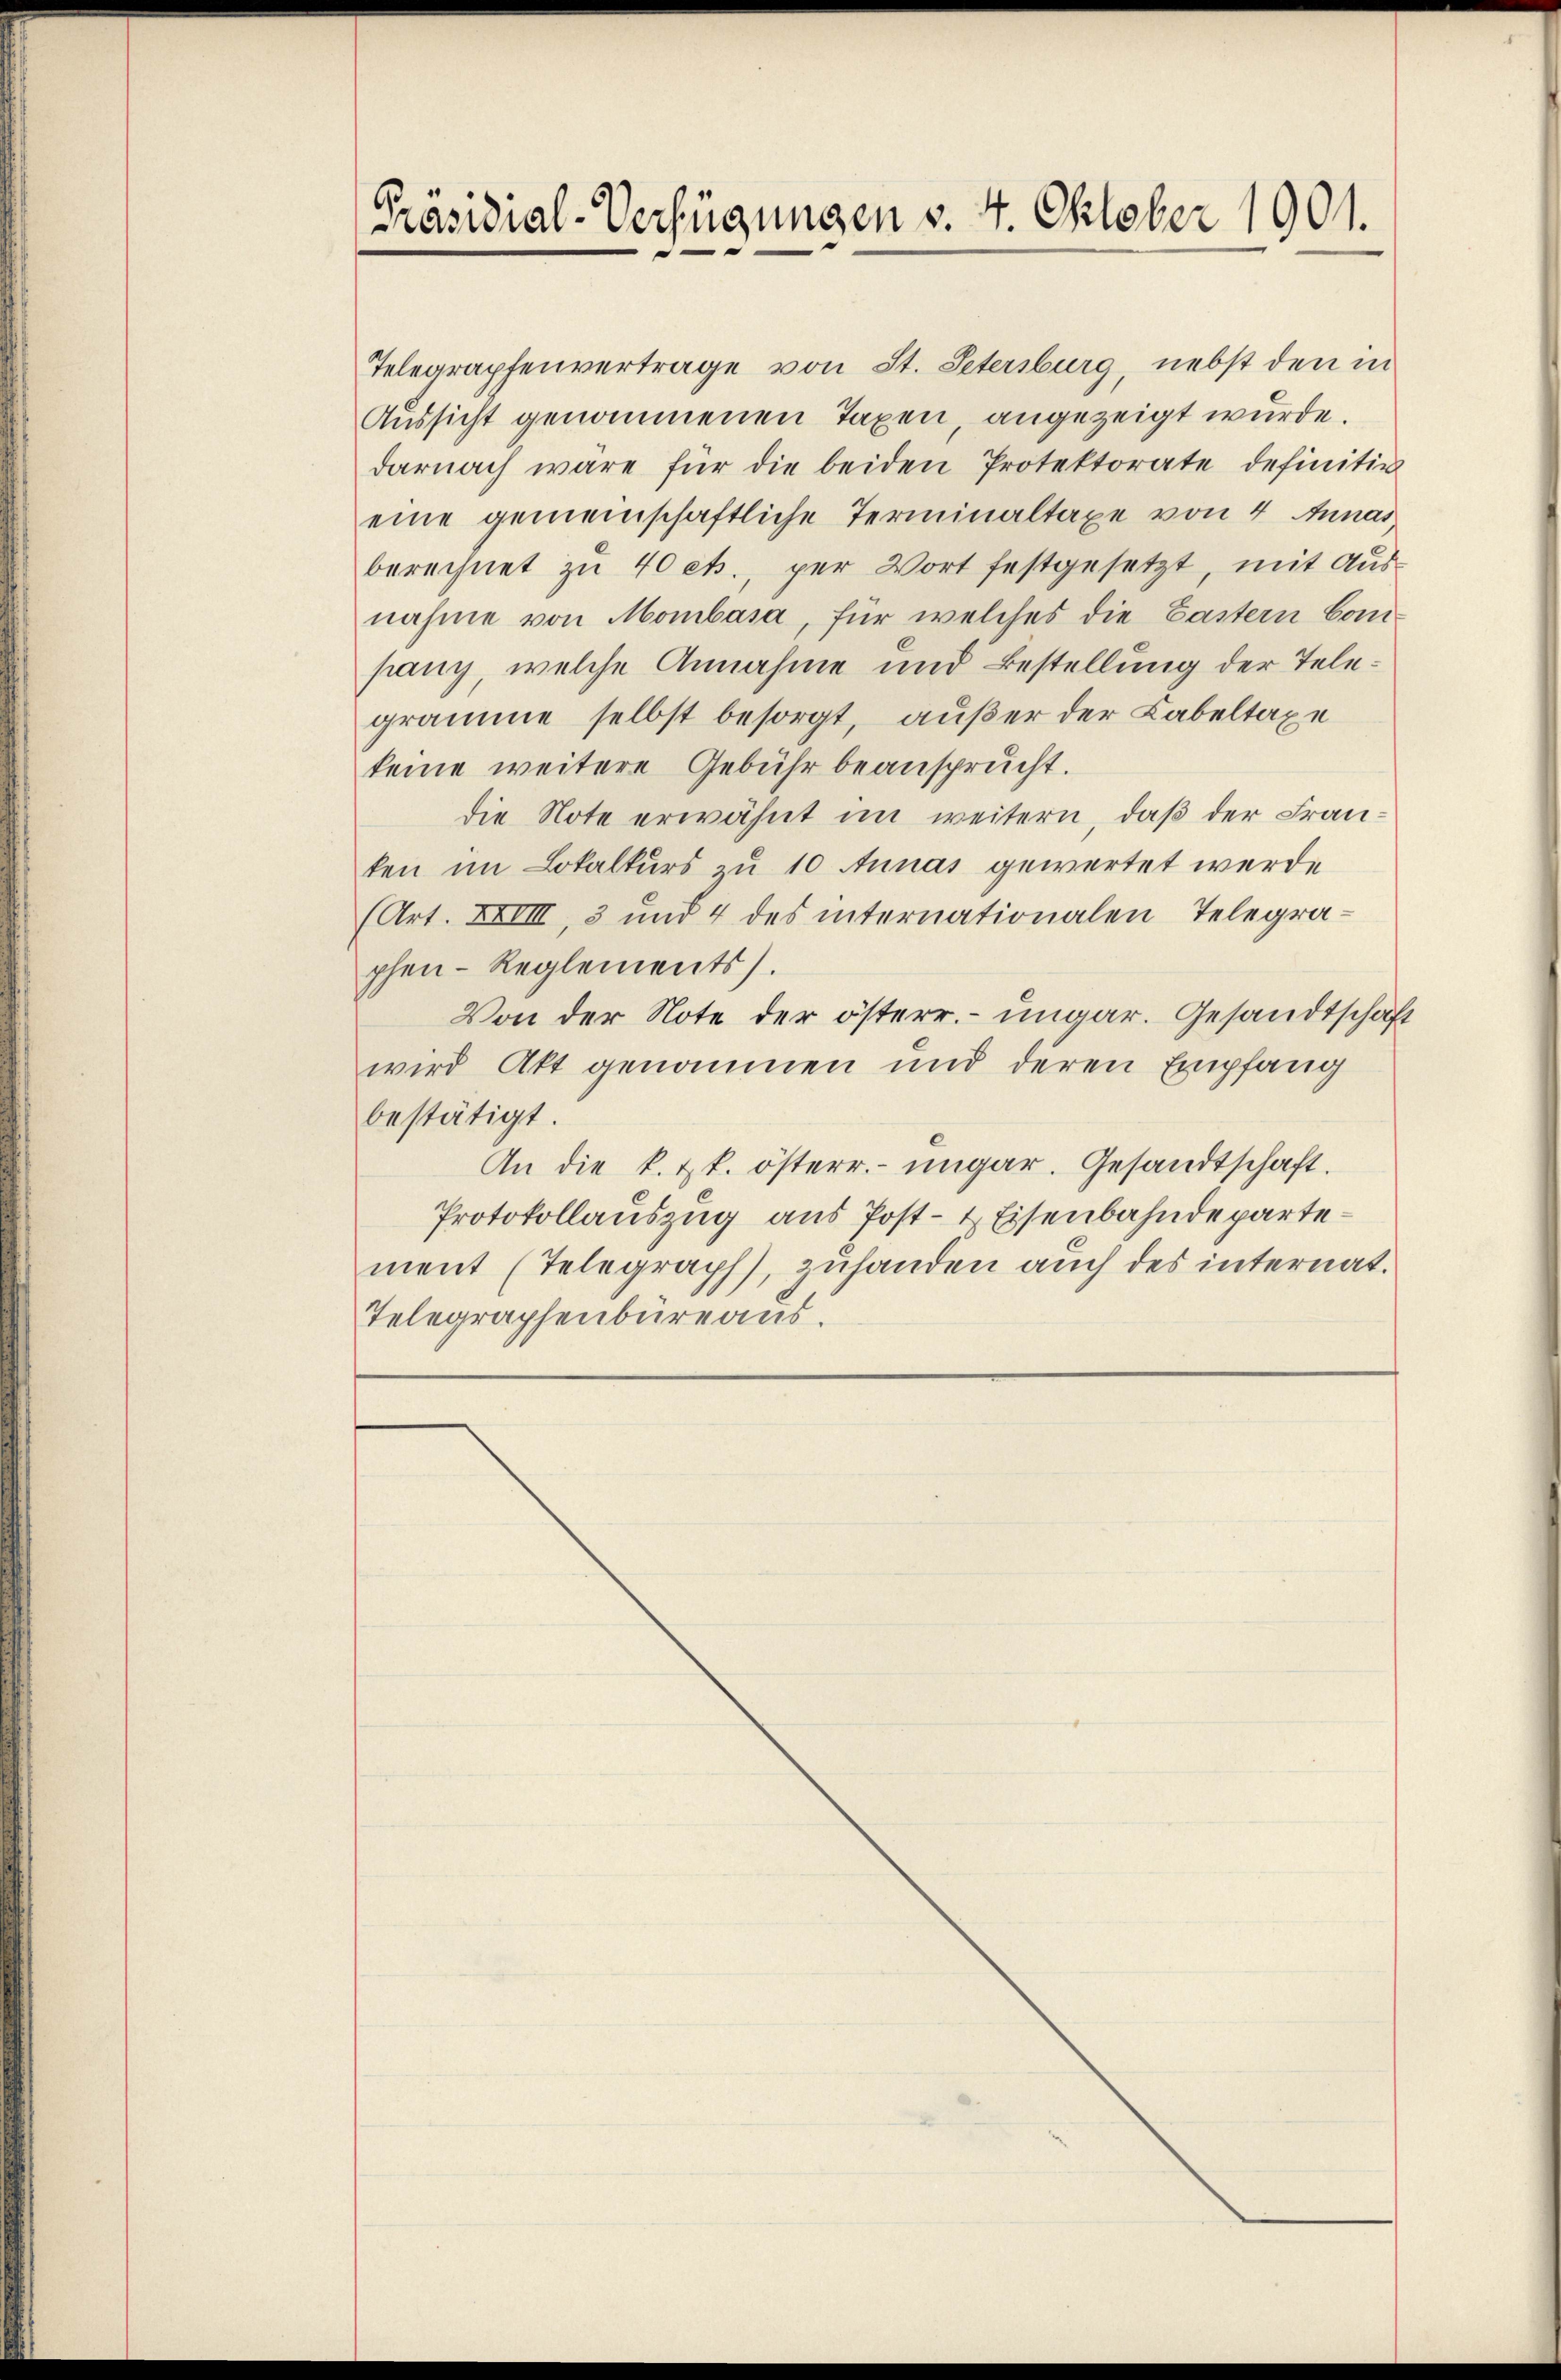
Präsidial-Verfügungen v. 4. Oktober 1901.

Telegraphenvertrage von St. Petersburg, nebst den in
Aussicht genommenen Taxen angezeigt wurde.
darnach wäre für die beiden Protektorate definitiv
eine gemeinschaftliche Terminaltaxe von 4 Annas,
berechnet zu 40 cts., per Wort festgesetzt, mit Ausnahme von Mombasa, für welches die Castern Conpany, welche Annahme und Bestellung der Telegramme selbst besorgt, außer der Labeltaxe
keine weitere Gebühr beansprucht.
die Note erwähnt im weitern, daß der Franken im Lokalkurs zu 10 Annas gewartet werde
(Art. XXIIII, 3 und 4 des internationalen Telegraphen-Reglements.
Von der Note der österr. ungar. Gesandtschaft
wird Akt genommen und deren Empfang
bestätigt.
An die k. k. österr. ungar. Gesandtschaft.
Protokollauszug aus Post- & Eisenbahndepartement (Telegraph, zuhanden auch des internat.
Telegraphenbüreaus.